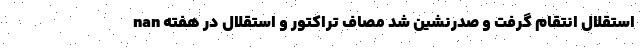
nan استقلال انتقام گرفت و صدرنشین شد مصاف تراکتور و استقلال در هفته